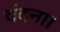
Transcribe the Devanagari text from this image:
वंदना।